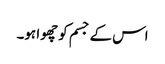
اس کے جسم کو چھوا ہو۔